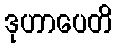
ဒုဟာပေတိ